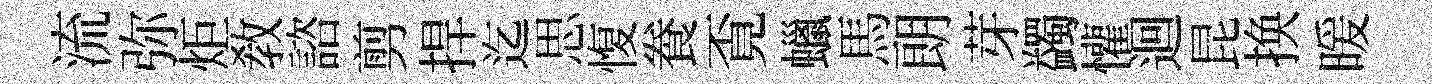
流弥炬教諮剪捍迄思愎飬覔蠟馬朗芽蠲懽迴昆换暖